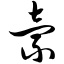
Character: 索